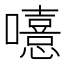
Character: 𡃨